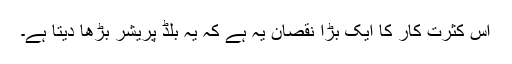
اس کثرتِ کار کا ایک بڑا نقصان یہ ہے کہ یہ بلڈ پریشر بڑھا دیتا ہے۔